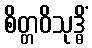
စိတ္တဝိသုဒ္ဓိံ